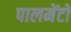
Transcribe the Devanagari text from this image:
पालमेंटो